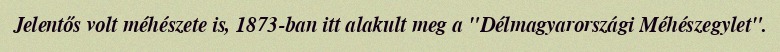
Jelentős volt méhészete is, 1873-ban itt alakult meg a "Délmagyarországi Méhészegylet".